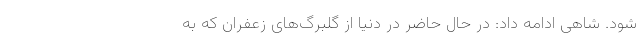
شود. شاهی ادامه داد: در حال حاضر در دنیا از گلبرگ‌های زعفران که به